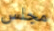
مجلس